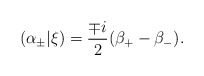
\begin{align*} (\alpha_\pm|\xi) = \frac{\mp i}{2} (\beta_+ - \beta_-).\end{align*}